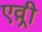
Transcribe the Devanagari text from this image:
एव़्री